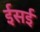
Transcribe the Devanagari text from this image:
ईसई